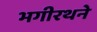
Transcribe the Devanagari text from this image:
भगीरथने